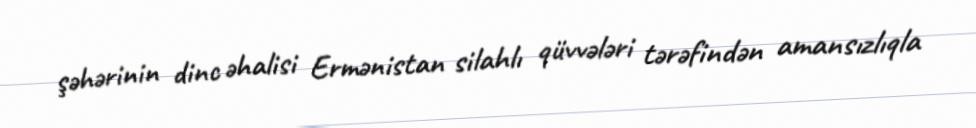
şəhərinin dinc əhalisi Ermənistan silahlı qüvvələri tərəfindən amansızlıqla